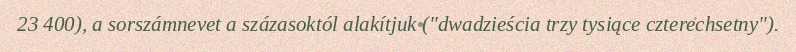
23 400), a sorszámnevet a százasoktól alakítjuk ("dwadzieścia trzy tysiące czterechsetny").